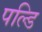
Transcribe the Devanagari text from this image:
पल्डि